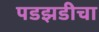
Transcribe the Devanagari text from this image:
पडझडीचा